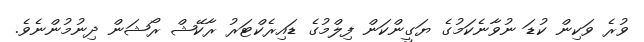
ވުރެ ވަކިން ކުޑަ ނުވާނެކަމުގެ ޔަގީންކަން ފިލްމުގެ ޑައިރެކްޓަރު ރާކޭޝް ރޯޝަން ދިނުމުންނެވެ.